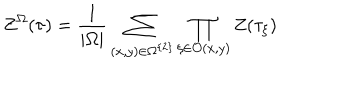
LaTeX: Z ^ { \Omega } ( \tau ) = \frac { 1 } { | \Omega | } \sum _ { ( x , y ) \in \Omega ^ { \left\{ 2 \right\} } } \prod _ { \xi \in \mathcal { O } ( x , y ) } Z ( \tau _ { \xi } )